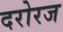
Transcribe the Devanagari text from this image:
दरोरज